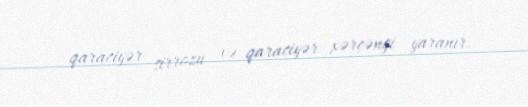
qaraciyər sirrozu və qaraciyər xərçəngi yaranır.